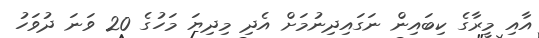
އާއި މީރާގެ ކިބައިން ނަގައިދިނުމަށް އެދި މިދިޔަ މަހުގެ 20 ވަނަ ދުވަހު